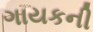
ગાયકની